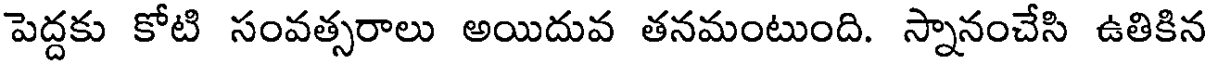
పెద్దకు కోటి సంవత్సరాలు అయిదువ తనమంటుంది. స్నానంచేసి ఉతికిన